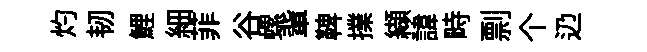
灼韧鯉細菲谷螺軰鞞擈纈諱畤剽个辸